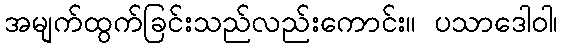
အမျက်ထွက်ခြင်းသည်လည်းကောင်း။ ပသာဒေါဝါ၊